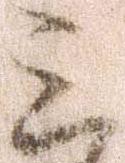
三